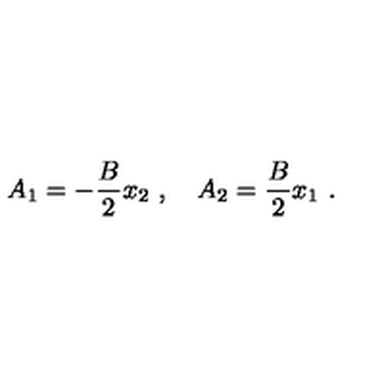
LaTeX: A _ { 1 } = - \frac { B } { 2 } x _ { 2 } \ , \quad A _ { 2 } = \frac { B } { 2 } x _ { 1 } \ .